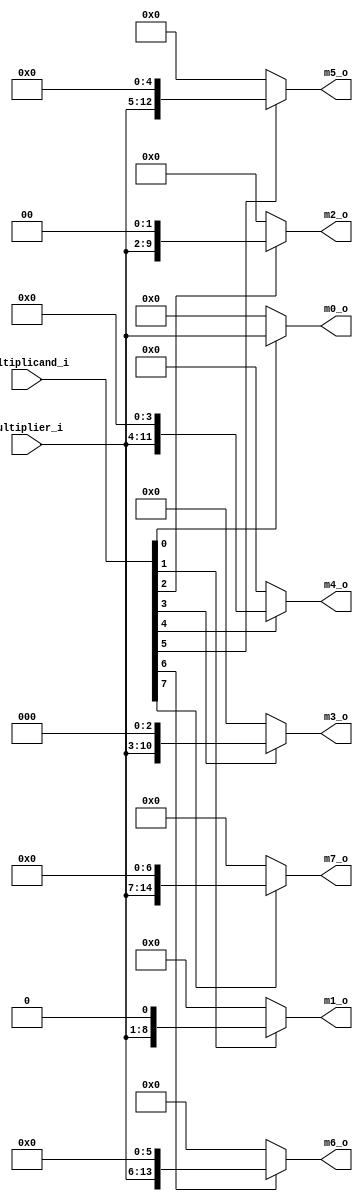
module partial_product_generator    //#(parameter DATA_SIZE = 8)
(
    input       [7  : 0]       multiplier_i            ,
    input       [7  : 0]       multiplicand_i          ,
    output      [7  : 0]       m0_o                    ,
    output      [8  : 0]       m1_o                    ,
    output      [9  : 0]       m2_o                    ,
    output      [10 : 0]       m3_o                    ,
    output      [11 : 0]       m4_o                    ,
    output      [12 : 0]       m5_o                    ,
    output      [13 : 0]       m6_o                    ,
    output      [14 : 0]       m7_o                    
);

    assign  m0_o  = (multiplicand_i[0]) ? (multiplier_i     ) : 0   ;
    assign  m1_o  = (multiplicand_i[1]) ? (multiplier_i << 1) : 0   ;
    assign  m2_o  = (multiplicand_i[2]) ? (multiplier_i << 2) : 0   ;
    assign  m3_o  = (multiplicand_i[3]) ? (multiplier_i << 3) : 0   ;
    assign  m4_o  = (multiplicand_i[4]) ? (multiplier_i << 4) : 0   ;
    assign  m5_o  = (multiplicand_i[5]) ? (multiplier_i << 5) : 0   ;
    assign  m6_o  = (multiplicand_i[6]) ? (multiplier_i << 6) : 0   ;
    assign  m7_o  = (multiplicand_i[7]) ? (multiplier_i << 7) : 0   ;
    
endmodule